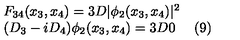
\begin{array} { l r } { F _ { 3 4 } ( x _ { 3 } , x _ { 4 } ) = 3 D | \phi _ { 2 } ( x _ { 3 } , x _ { 4 } ) | ^ { 2 } } & { } \\ { ( D _ { 3 } - i D _ { 4 } ) \phi _ { 2 } ( x _ { 3 } , x _ { 4 } ) = 3 D 0 } & { ( 9 ) } \\ \end{array}